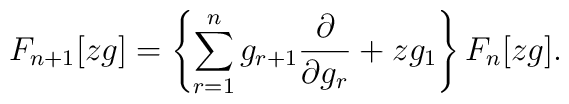
F_{n+1}[zg]=  \left\{    \sum_{r=1}^n g_{r+1} \frac{\partial}{\partial g_r}+zg_1  \right\} F_n[zg].